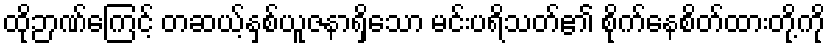
ထိုဉာဏ်ကြေင့် တဆယ့်နှစ်ယူဇနာရှိသော မင်းပရိသတ်၏ စိုက်နေစိတ်ထားတို့ကို